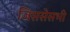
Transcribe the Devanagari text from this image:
जिससेसभी